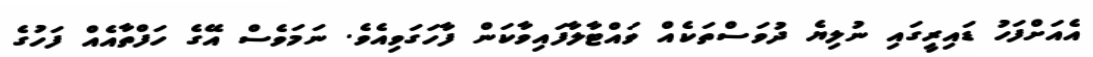
އެއަށްފަހު ޑައިރީގައި ނުލިޔެ ދުވަސްތަކެއް ވައްޓާލާފައިވާކަން ފާހަގަވިއެވެ. ނަމަވެސް އޭގެ ހަފްތާއެއް ފަހުގެ